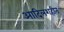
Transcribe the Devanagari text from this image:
आदिलशहीत